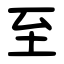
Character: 至